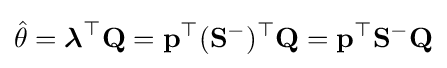
{\hat {\theta }}={\boldsymbol {\lambda }}^{\top }\mathbf {Q} =\mathbf {p} ^{\top }(\mathbf {S} ^{-})^{\top }\mathbf {Q} =\mathbf {p} ^{\top }\mathbf {S} ^{-}\mathbf {Q}